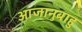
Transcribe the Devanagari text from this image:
आजानुबाहु